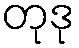
တုဒု